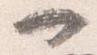
一